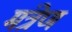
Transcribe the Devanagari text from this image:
मंत्रेण